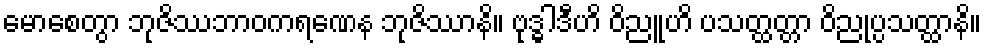
မောစေတွာ ဘုဇိဿဘာဝကရဏေန ဘုဇိဿာနိ။ ဗုဒ္ဓါဒီဟိ ဝိညူဟိ ပသတ္ထတ္တာ ဝိညုပ္ပသတ္ထာနိ။